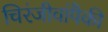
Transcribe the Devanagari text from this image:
चिरंजीवांपैकी